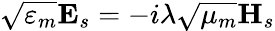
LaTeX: \sqrt{\varepsilon_{m}}\mathbf{E}_{s}=-i\lambda\sqrt{\mu_{m}}\mathbf{H}_{s}